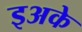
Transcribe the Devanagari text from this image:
इअके